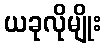
ယခုလိုမျိုး